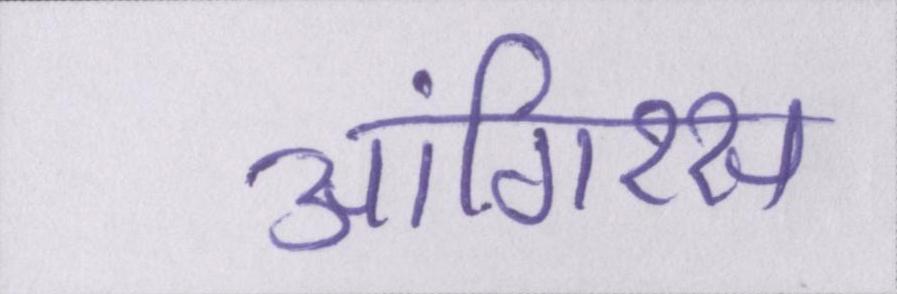
आंगिरस